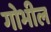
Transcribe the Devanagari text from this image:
गोभील